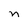
Character: n